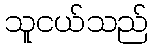
သူငယ်သည်